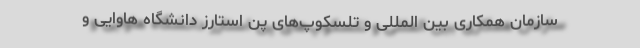
سازمان همکاری بین المللی و تلسکوپ‌های پن استارز دانشگاه هاوایی و